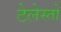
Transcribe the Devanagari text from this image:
टेलेस्तो